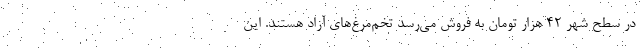
در سطح شهر ۴۲ هزار تومان به فروش می‌رسد تخم‌مرغ‌های آزاد هستند. این